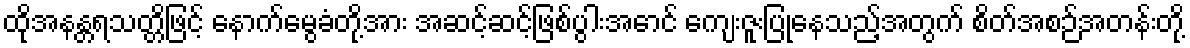
ထိုအနန္တရသတ္တိဖြင့် နောက်မွေခံတို့အား အဆင့်ဆင့်ဖြစ်ပွါးအောင် ကျေးဇူးပြုနေသည့်အတွက် စိတ်အစဉ်အတန်းတို့